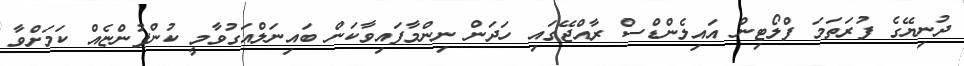
ދުނިޔޭގެ ފުރަތަމަ ފްލޯޓިން އައިލެންޑްސް ރާއްޖޭގައި ހަދަން ނިންމާފައިވާކަން ބައިނަލްއަގުވާމީ ކުންފުންޏެއް ކަމަށްވާ